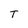
Character: T